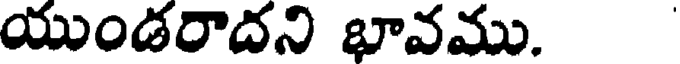
యుండరాదని భావము.